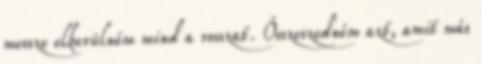
messze elkerülném mind a rosszat. Összeszedném azt, amit más